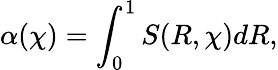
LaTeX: \alpha(\chi)=\int_{0}^{1}S(R,\chi)dR,